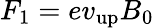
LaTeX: F_{1}=ev_{\mathrm{up}}B_{0}